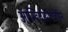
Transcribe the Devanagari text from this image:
आस्टियोप्रोटेजेरिन